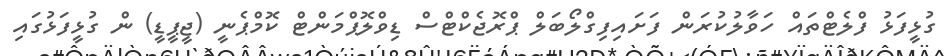
ގުޅީފަޅު ފްލެޓްތައް ހަވާލުކުރަން ފަށައިފިގްލޯބަލް ޕްރޮޖެކްޓްސް ޑިވްލޮޕްމަންޓް ކޮމްޕެނީ (ޖީޕީޑީ) ން ގުޅީފަޅުގައި